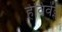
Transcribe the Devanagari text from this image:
हेविवेंट्स